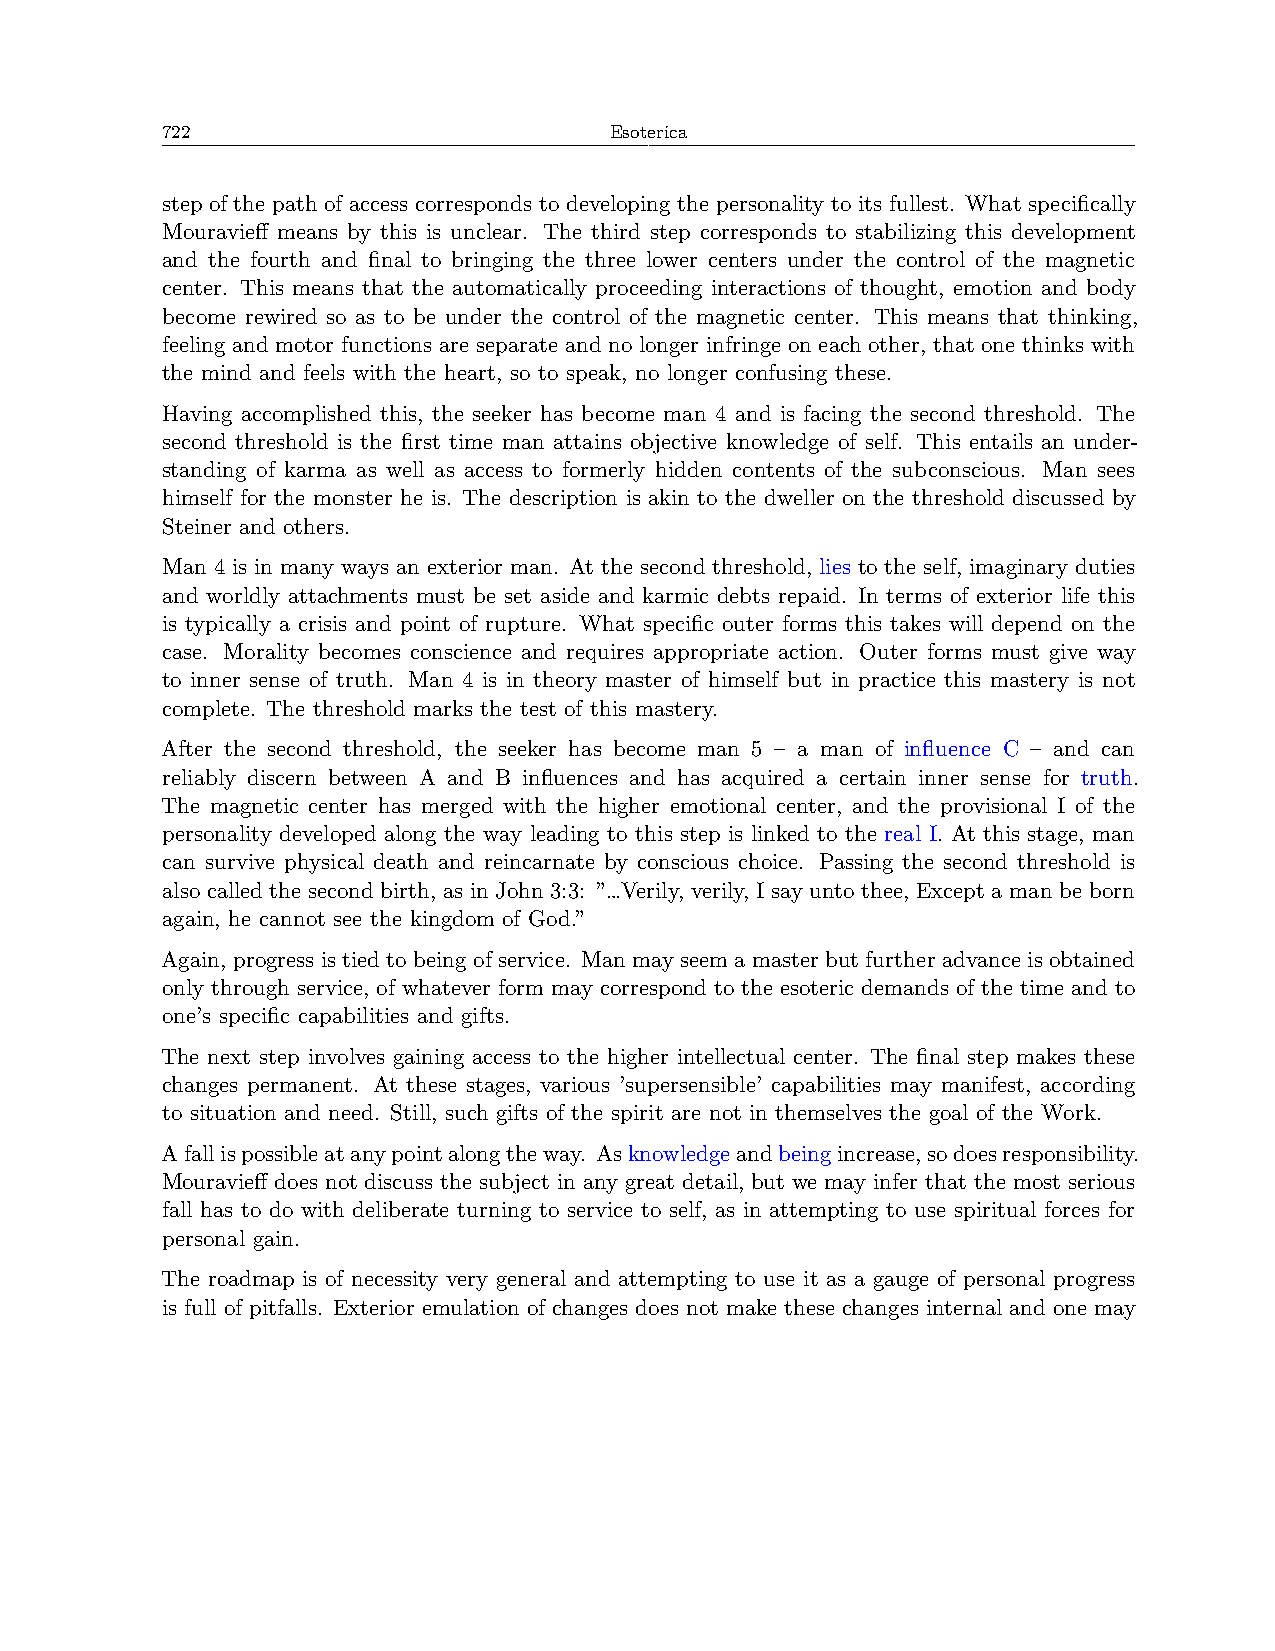
722                          Esoterica
 step of the path of access corresponds to developing the personality to its fullest. What specifically
 Mouravieff means by this is unclear. The third step corresponds to stabilizing this development
 and the fourth and final to bringing the three lower centers under the control of the magnetic
 center. This means that the automatically proceeding interactions of thought, emotion and body
 become rewired so as to be under the control of the magnetic center. This means that thinking,
 feeling and motor functions are separate and no longer infringe on each other, that one thinks with
 the mind and feels with the heart, so to speak, no longer confusing these.
 Having accomplished this, the seeker has become man 4 and is facing the second threshold. The
 second threshold is the first time man attains objective knowledge of self. This entails an under-
 standing of karma as well as access to formerly hidden contents of the subconscious. Man sees
 himself for the monster he is. The description is akin to the dweller on the threshold discussed by
 Steiner and others.
 Man 4 is in many ways an exterior man. At the second threshold, lies to the self, imaginary duties
 and worldly attachments must be set aside and karmic debts repaid. In terms of exterior life this
 is typically a crisis and point of rupture. What specific outer forms this takes will depend on the
 case. Morality becomes conscience and requires appropriate action. Outer forms must give way
 to inner sense of truth. Man 4 is in theory master of himself but in practice this mastery is not
 complete. The threshold marks the test of this mastery.
 After the second threshold, the seeker has become man 5 – a man of influence C – and can
 reliably discern between A and B influences and has acquired a certain inner sense for truth.
 The magnetic center has merged with the higher emotional center, and the provisional I of the
 personality developed along the way leading to this step is linked to the real I. At this stage, man
 can survive physical death and reincarnate by conscious choice. Passing the second threshold is
 also called the second birth, as in John 3:3: ”…Verily, verily, I say unto thee, Except a man be born
 again, he cannot see the kingdom of God.”
 Again, progress is tied to being of service. Man may seem a master but further advance is obtained
 only through service, of whatever form may correspond to the esoteric demands of the time and to
 one’s specific capabilities and gifts.
 The next step involves gaining access to the higher intellectual center. The final step makes these
 changes permanent. At these stages, various ’supersensible’ capabilities may manifest, according
 to situation and need. Still, such gifts of the spirit are not in themselves the goal of the Work.
 Afallispossibleatanypointalongtheway. Asknowledgeandbeingincrease,sodoesresponsibility.
 Mouravieff does not discuss the subject in any great detail, but we may infer that the most serious
 fall has to do with deliberate turning to service to self, as in attempting to use spiritual forces for
 personal gain.
 The roadmap is of necessity very general and attempting to use it as a gauge of personal progress
 is full of pitfalls. Exterior emulation of changes does not make these changes internal and one may